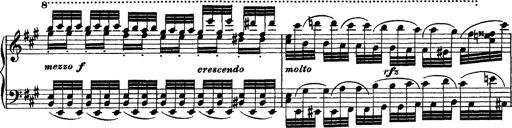
Title: Grande fantasie di bravura sur La clochette
Composer: Franz Liszt
Key: A minor